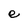
Character: e